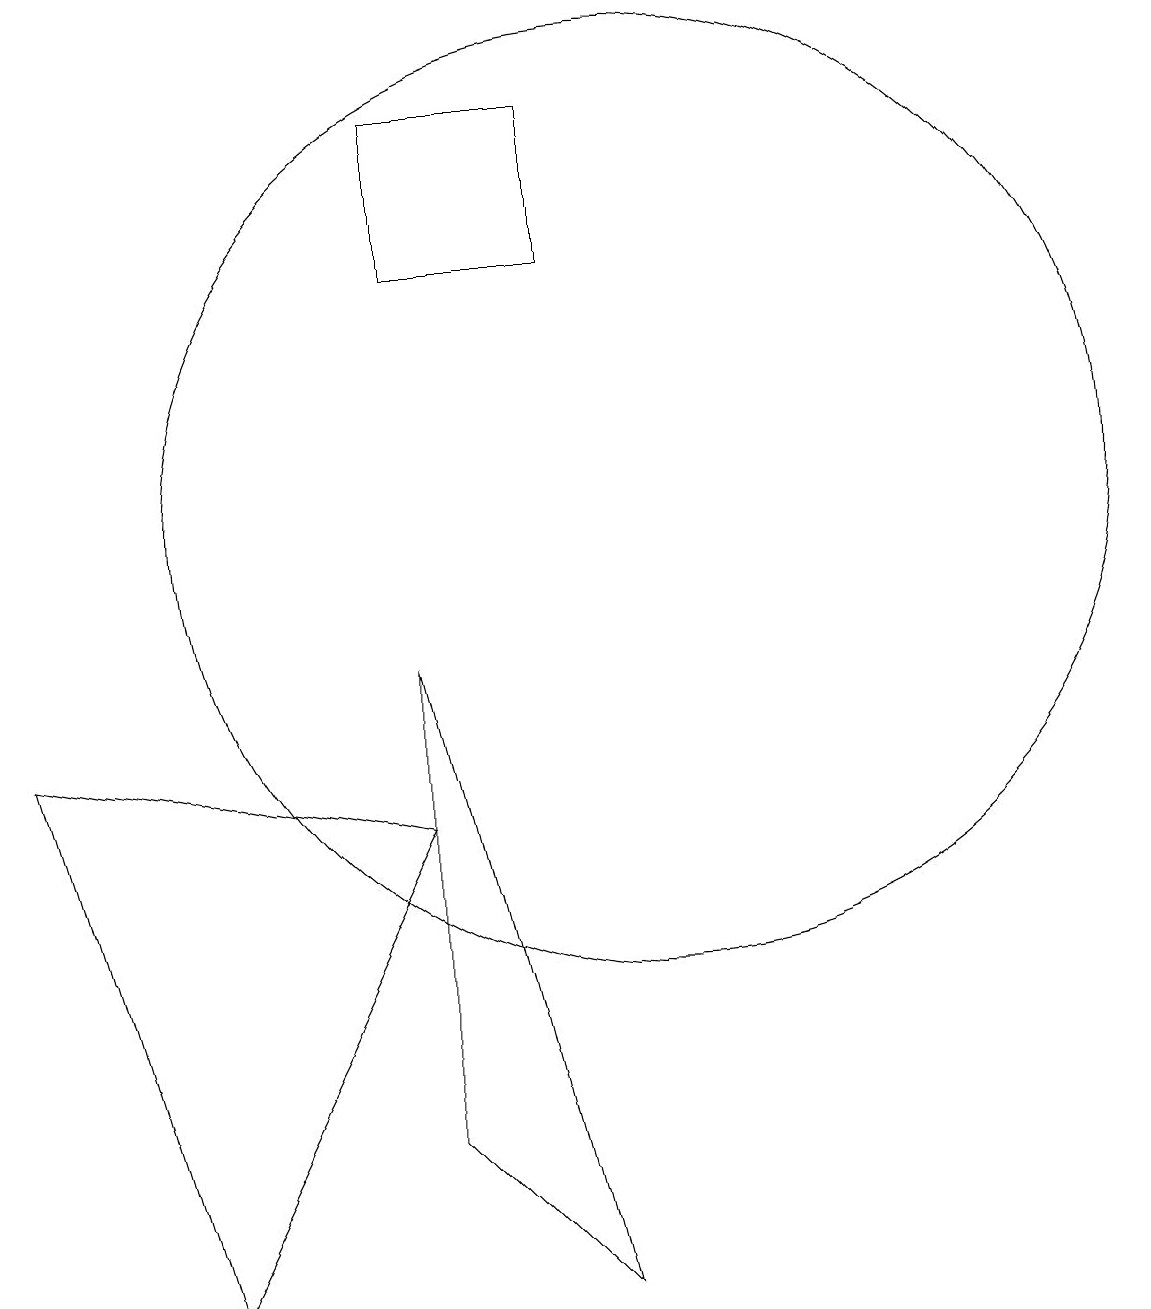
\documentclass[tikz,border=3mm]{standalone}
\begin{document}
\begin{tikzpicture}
\draw (10,10) circle (0);
\draw (10,10) circle (6);
\draw (7,6) -- (4,0) -- (2,7) -- cycle;
\draw (9,15) rectangle (7,13);
\draw (9,0) -- (7,8) -- (7,2) -- cycle;
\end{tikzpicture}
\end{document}